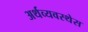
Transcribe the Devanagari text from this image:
अर्थव्यवस्थेस